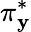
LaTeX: \pi_{\mathbf{y}}^{*}